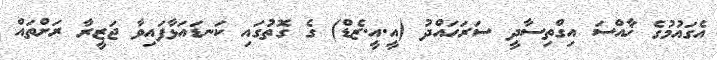
އެގައުމުގެ ޚާއްސަ އިގްތިސާދީ ސަރަހައްދު (އީ.އީ.ޒެޑް) ގެ ގޮތުގައި ކަނޑައަޅާފައިވާ ޖަޒީރާ ރަށްތައް